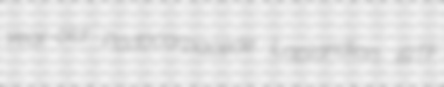
year-old Podocarpaceae Laplandian IRTF